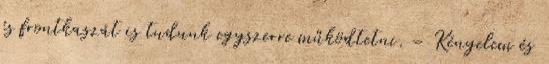
és frontkaszát is tudunk egyszerre működtetni. – Kényelem és